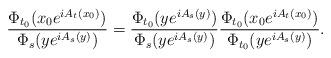
LaTeX: \begin{align*}\frac{\Phi_{t_0}(x_0e^{i A_t(x_0)})}{\Phi_s(y e^{i A_s(y)})}&=\frac{\Phi_{t_0}(ye^{i A_s(y)})}{\Phi_s(y e^{i A_s(y)})}\frac{\Phi_{t_0}(x_0e^{i A_t(x_0)})}{\Phi_{t_0}(ye^{i A_s(y)})}.\end{align*}